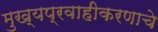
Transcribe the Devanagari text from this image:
मुख्यप्रवाहीकरणाचे